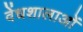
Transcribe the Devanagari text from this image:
वेंधशालाओं